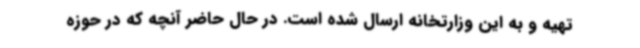
تهیه و به این وزارتخانه ارسال شده است. در حال حاضر آنچه که در حوزه